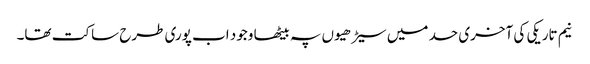
نیم تاریکی کی آخری حد میں سیڑھیوں پہ بیٹھا وجود اب پوری طرح ساکت تھا۔